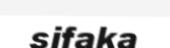
sifaka